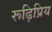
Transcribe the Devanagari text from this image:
रूढ़िप्रिय